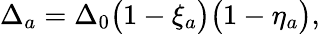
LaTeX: \Delta_{a}=\Delta_{0}\big(1-\xi_{a}\big)\big(1-\eta_{a}\big),